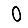
Digit: 0